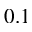
0 . 1